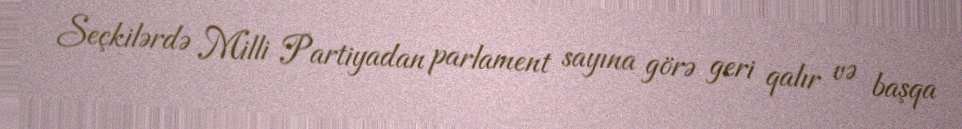
Seçkilərdə Milli Partiyadan parlament sayına görə geri qalır və başqa